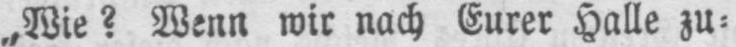
„Wie? Wenn wir nach Eurer Halle zu⸗